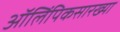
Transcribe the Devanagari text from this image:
ऑलिंपिकसारख्या